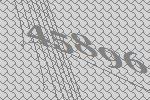
45896